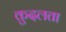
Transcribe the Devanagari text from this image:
कुदलता